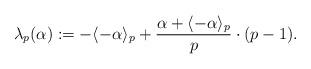
LaTeX: \begin{align*}\lambda_p(\alpha):=-\langle-\alpha\rangle_p+\frac{\alpha+\langle-\alpha\rangle_p}{p}\cdot(p-1).\end{align*}